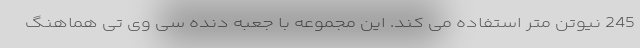
245 نیوتن متر استفاده می کند. این مجموعه با جعبه دنده سی وی تی هماهنگ